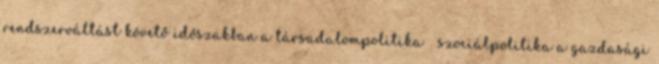
rendszerváltást követő időszakban a társadalompolitika szociálpolitika a gazdasági